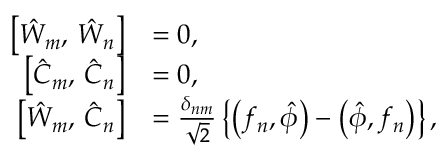
\begin{array} { r l } { \bigl [ \hat { W } _ { m } , \, \hat { W } _ { n } \bigr ] } & { = 0 , } \\ { \bigl [ \hat { C } _ { m } , \, \hat { C } _ { n } \bigr ] } & { = 0 , } \\ { \bigl [ \hat { W } _ { m } , \, \hat { C } _ { n } \bigr ] } & { = \frac { \delta _ { n m } } { \sqrt { 2 } } \left\{ \bigl ( f _ { n } , \hat { \phi } \bigr ) - \bigl ( \hat { \phi } , f _ { n } \bigr ) \right\} , } \end{array}